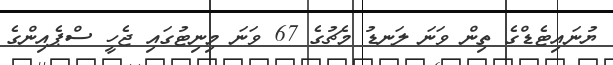
ޔުނައިޓެޑްގެ ތިން ވަނަ ލަނޑު މެޗުގެ 67 ވަނަ މިނިޓުގައި ޖެހީ ސްޕެއިންގެ